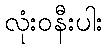
လုံးဝနီးပါး